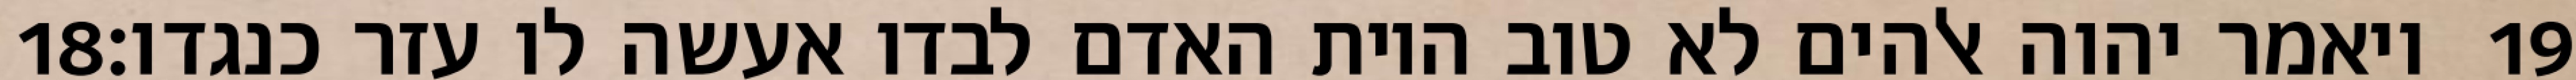
‎18‏ ויאמר יהוה אלהים לא טוב היות האדם לבדו אעשה לו עזר כנגדו׃ ‎19‏